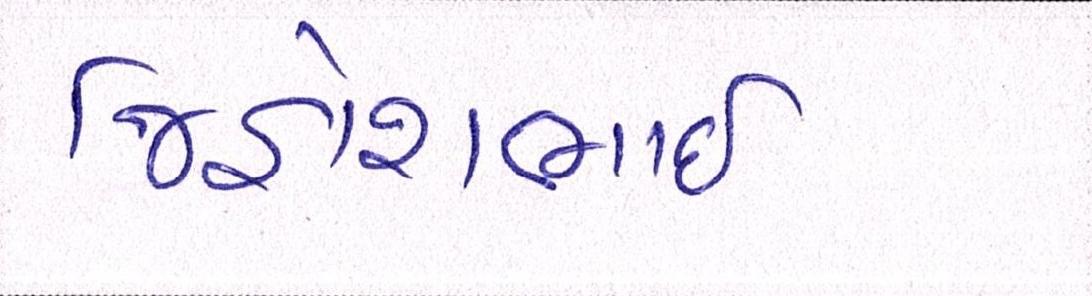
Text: જિજ્ઞેશભાઇ